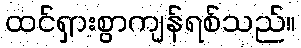
ထင်ရှားစွာကျန်ရစ်သည်။